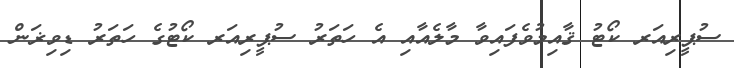
ސުޕީރިއަރ ކޯޓު ޤާއިމުވެފައިވާ މާލެއާއި އެ ހަތަރު ސުޕީރިއަރ ކޯޓުގެ ހަތަރު ޑިވިޜަން